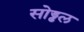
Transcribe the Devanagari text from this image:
सोड्ढल